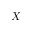
X